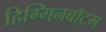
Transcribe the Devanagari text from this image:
हिग्गिनबॉटम